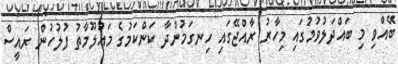
ބޭއްވި މި ބައްދަލުވުމުގައި މިހާރު ރާއްޖޭގައި ހިނގަމުންދާ ކަންކަމުގެ މައުލޫމާތު ފުލުހުން ރައީސް